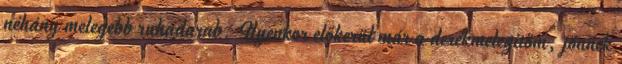
néhány melegebb ruhadarab. Ilyenkor előkerül már a derékmelegítőm, jönnek